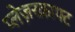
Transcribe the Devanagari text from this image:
प्लेज़रक्राफ्ट